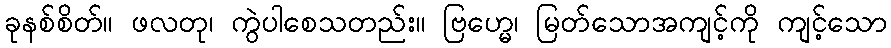
ခုနစ်စိတ်။ ဖလတု၊ ကွဲပါစေသတည်း။ ဗြဟ္မေ၊ မြတ်သောအကျင့်ကို ကျင့်သော